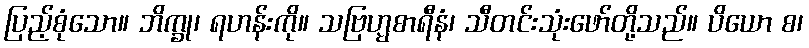
ပြည့်စုံသော။ ဘိက္ခု၊ ရဟန်းကို။ သဗြဟ္မစာရီနံ၊ သီတင်းသုံးဖော်တို့သည်။ ပိယော စ၊